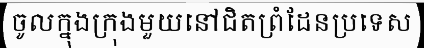
ចូលក្នុងក្រុងមួយនៅជិតព្រំដែនប្រទេស